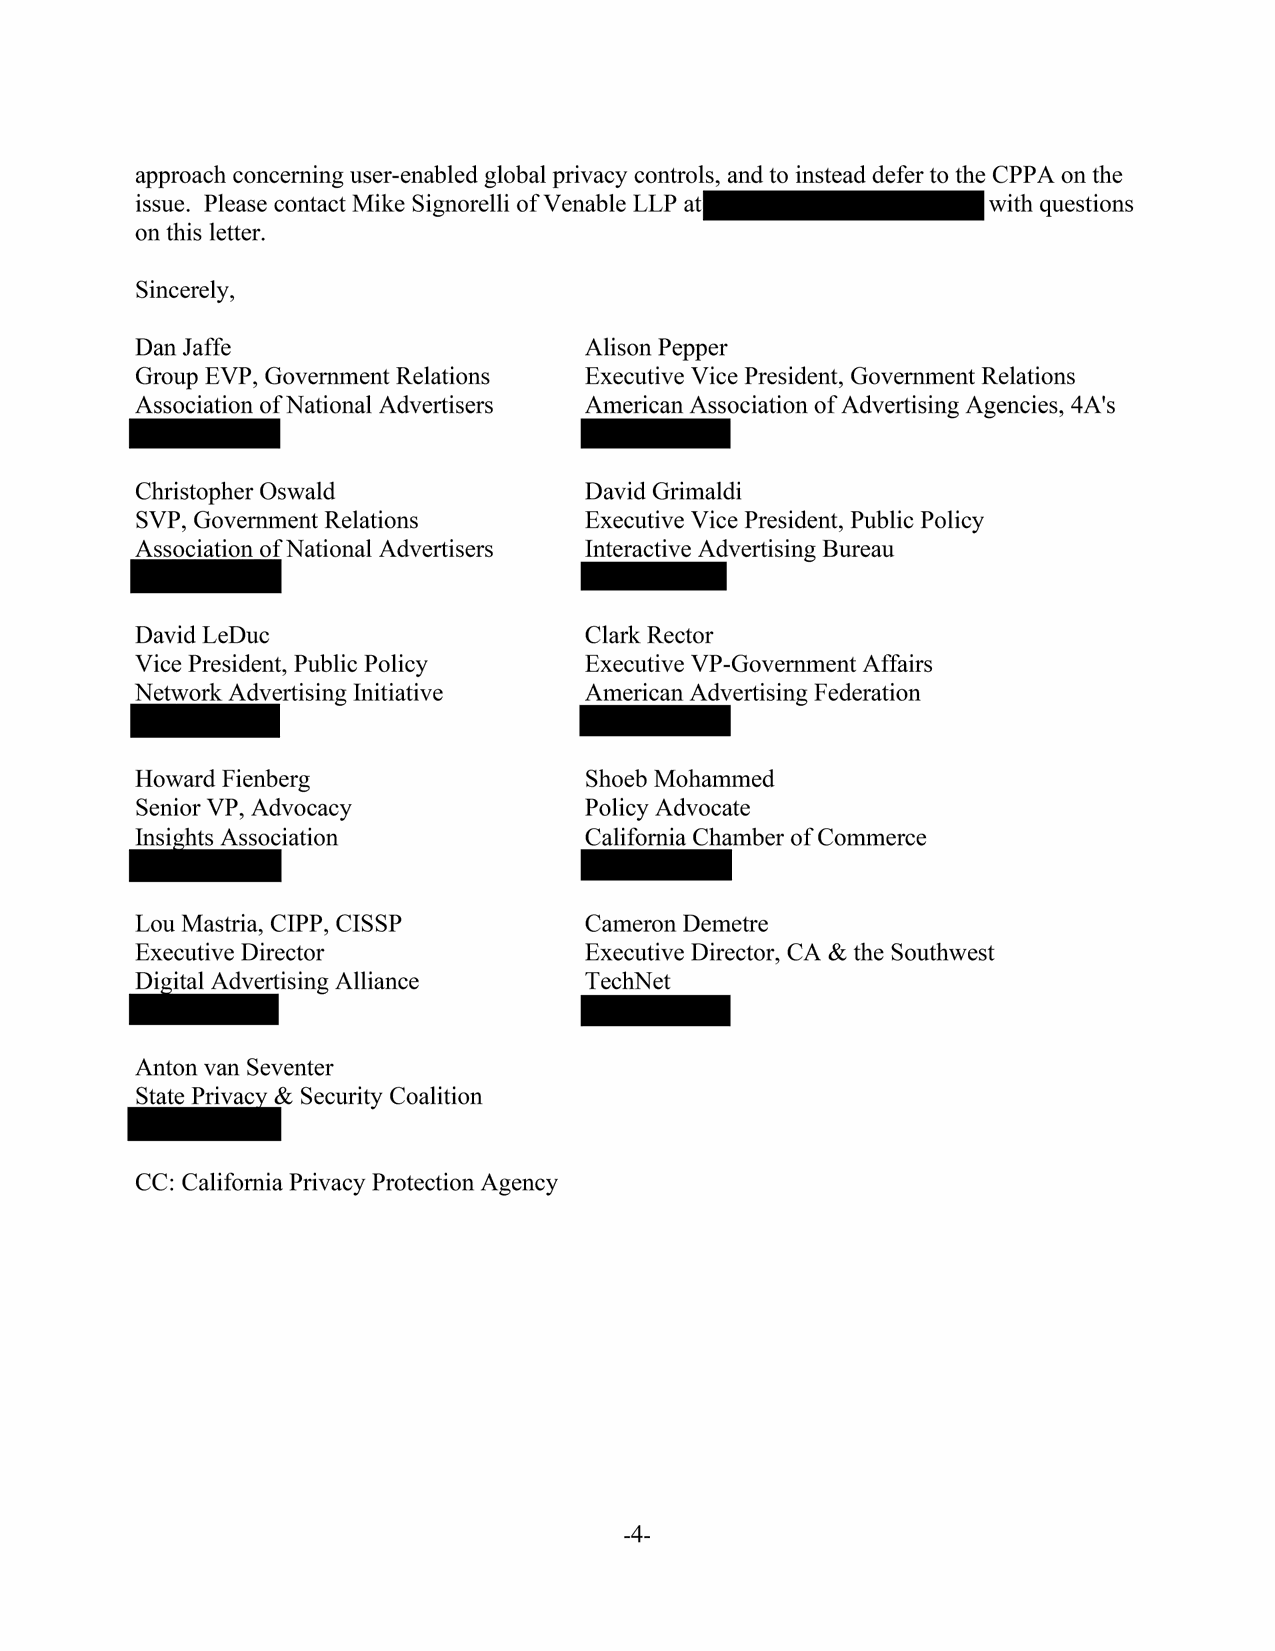
approach concerning user-enabled global privacy controls, and to instead defer to the CPP A on the
 issue. Please contact Mike Signorelli of Venable LLP at with questions
 on this letter.
 Sincerely,
 Dan Jaffe                     Alison Pepper
 Group EVP, Government Relations Executive Vice President, Government Relations
 Association of National Advertisers American Association of Advertising Agencies, 4A's
 Christopher Oswald            David Grimaldi
 SVP, Government Relations     Executive Vice President, Public Policy
 Association of National Advertisers Interactive Advertising Bureau
 David LeDuc                   Clark Rector
 Vice President, Public Policy Executive VP-Government Affairs
 Network Advertising Initiative American Advertising Federation
 Howard Fienberg               Shoeb Mohammed
 Senior VP, Advocacy           Policy Advocate
 --iation                       California Chamber of Commerce
 Lou Mastria, CIPP, CISSP      Cameron Demetre
 Executive Director            Executive Director, CA & the Southwest
 llllllllllising Alliance      TechNet
 Anton van Seventer
 11111111111111&
 Security Coalition
 CC: California Privacy Protection Agency
 -4-